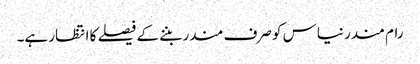
رام مندر نیاس کو صرف مندر بننے کے فیصلے کا انتظار ہے۔